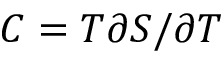
C = T \partial S / \partial T